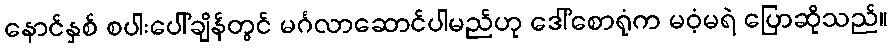
နောင်နှစ် စပါးပေါ်ချိန်တွင် မင်္ဂလာဆောင်ပါမည်ဟု ဒေါ်စောရုံက မဝံ့မရဲ ပြောဆိုသည်။